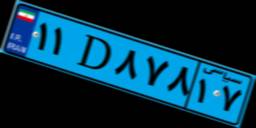
۲۰D۹۲۱۲۱